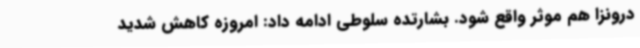
درونزا هم موثر واقع شود. بشارتده سلوطی ادامه داد: امروزه کاهش شدید